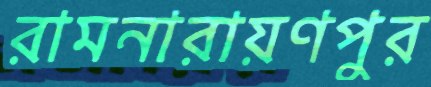
রামনারায়ণপুর